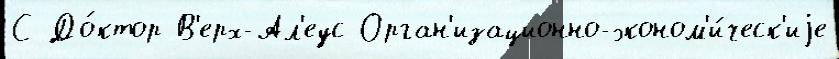
С До́ктор В'ерх-Ал'еус Орган'изационно-эконом'и́ческ'иjе